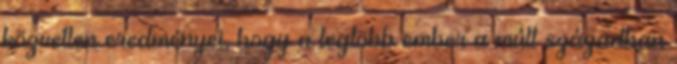
közvetlen eredményei, hogy a legtöbb ember a múlt században